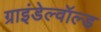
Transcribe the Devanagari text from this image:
ग्राइंडेल्वॉल्ड